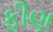
ફીણ